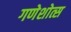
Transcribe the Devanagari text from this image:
गणेशोत्स